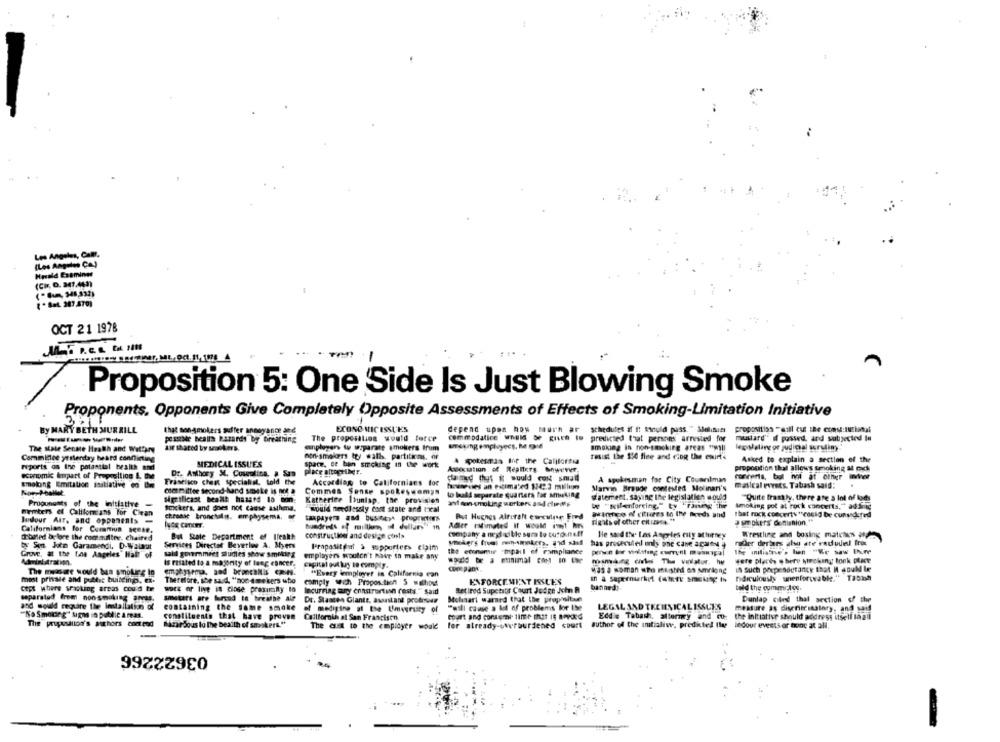
Los Angeles, Call.
(Los Angeles CA)
Herald Examine
(CH, D. 347,443)
( * Set 387.470)
OCT 21 1978
a47, ME-DC.11, 1078
n
Proposition 5: One Side Is Just Blowing Smoke
Proponents. Opponents Give Completely Opposite Assessments of Effects of Smoking-Limitation Initiative
By MARY BETH MURRILL
that songmokers suffer annoyance ind
ECONO MIC ISSUES
depend upon hoy murn ar schedules if f! Mould pass." lolinum
proposition -gull cut the conse:luziatal
The proposilion would force
commodatice WnBIS De RILES IO
predicted that persons arrested for mustard" i passed, and subjected In
Passe health Razards by breathing
air shared by sockers.
smoking in non-smoking areas "will
The state Senate Health and Wittury
canplegers tu szparate smokers trum
legislaling or judicial suruliny
Committee yesterday beard conflicting
non-smokers tty wall, partiticas. or
A spokesman Int the California
resist the 150 fice and ciog the esurf4
Asked to explain a section of the
reports on the potantial health and
MEDICAL ISSUES
space, de ban smoking in the work
Dr. Ashory X. Cosealina, & Sam
Place altoplMr.
Aukecation of Realtors Mowever
propoction that allows smoking at cock
smolong Emitation initiative en Bm
Fraseisco chant specialal, told the
According to Californians for
cand that i would con small
A spokesman for City Councilman
havneves an estimated 1242.3 millum
Marvin Braude contested Molinari's
@alcal events. Tabash said:
Nor-Pballet
cetmittee second-hand smoke is not a
Commes Sense spokeswoman
to leaks separate quarters for smoking
statement. saying the legisl allen would
""Quite frastyly, there are a lot of kids
Progungsts of the initiative -
significast beanie hasard lo son:
Katherine Ituntap. the provision
anf en-smoking workers and cliens
w "silenforcing." ty Taneye The
Smoking pol at rock concerts," ads ig
menters ef Califomians for Ciean
Stickers, and does not cause asthena.
would needlessly cost state and boxal
That rock concerty "could be cunsaidkred
chraase tronctalns. emphysema.
taxpayers and business pregratis
Put Hughes Alturalt eureulng Fred
Banenco of cithees to Ily Breds and
plaats of other citizens "
Judour Air. and opponents -
hundreds of millions of dollars"
smokers deminion "
Californians for Commun seese.
construction and design conla
company a neg di ble sem to cutone !!
He said the. Las Angeles city attorney
Wrestling and bosing matches and
Orbited before the consulter, chained
But State Department of Ileakh
rather derars also ste radudel fro
by Son Jotm Garamendi. D-Walnut
Services Director Beverlo A. Myers
Propositohurt > supporters claim
the economie "mipail of compliance
has proseculed only one cane agardu
the mitiative's ben "Ke saw Ihre
Grove, at the Los Angeles" Hat of
said goummiet Studies show smikir g
employers wouldn't have th make any
Administration.
Is resated to a majority of lung cancer.
capital out by to comply.
were places where smoking took place
The mwaswe would ban smoking to
emphysema, pod bracallis cmis.
Mas a woman who ilisted on smrlong
in such pexpr soutancy that I could Ie
mast private and public buildings, ex-
Therefore, she said, "aoc-4 mekers utio
"Every iemployer in California can
in a sapernurket (state smoking In
Ridiculously unenforceable." TJ0ih
comply with Proposition 5 walhost
ENFORCEMENT ISSUES
banned).
told the commitos.
cept where sracking areas could to
work or live is close proximity to
Incurring tagy ennstrertinn costs " said
Retired Superior Court Judge John R
separated from nonsmoking areas.
Dr. Stasten Glantz, awustant protrar
Molnari warned that the prophsitue
Dunlap cited thal section of the
and would require the Installation of
containing the same smoke
of medicine of the Umwrusty of
"will cause a lot of problems Bor Ise
LEGAL AND TECHNICAL ISSUES
measure as divenirekalory, and said
"No Smotorg' sign in public & mas.
constituents that have proven
Edd'e Tabash. attorney and co: the initiative should address itself laall
The proposallon's authors cnet rad
hazardous to The beaith of smokers."
Callfornih at San Francisen
for atready-owerburdened court
author of the antialist, predicted Ilup
The cus to the employer would
ledour evest5 or hoop at all.
03622266